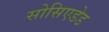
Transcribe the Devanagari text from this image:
सोसिएडेड